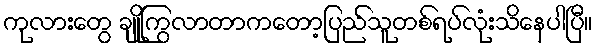
ကုလားတွေ ချိုကြွလာတာကတော့ပြည်သူတစ်ရပ်လုံးသိနေပါပြီ။